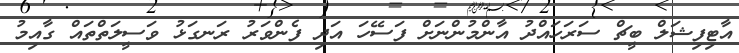
އާޓިފިޝަލް ބީޗް ސަރަހައްދު އާންމުންނަށް ފަސޭހަ އަދި ފެންވަރު ރަނގަޅު ވަސީލަތްތައް ގާއިމު